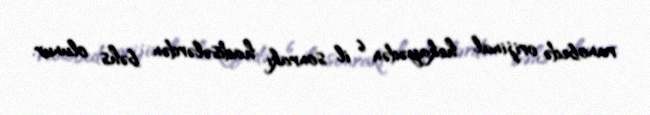
ranobedə orijinal hekayədən 6 il sonrakı hadisələrdən bəhs olunur.